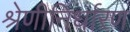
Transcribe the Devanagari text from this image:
श्रेणीनिर्धारण